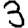
Digit: 3